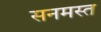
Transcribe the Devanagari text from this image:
सनमस्त